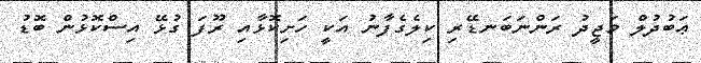
ޢަބުދުލް މަޖީދު ރަންނަބަނޑޭރި ކިލެގެފާނު އަކީ ހަށިކޮޅާއި ރޫފަ ގުޅޭ އިސްކޮޅުން ބޮޑު